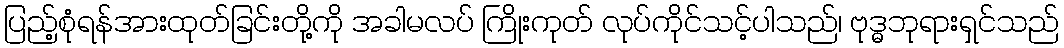
ပြည့်စုံရန်အားထုတ်ခြင်းတို့ကို အခါမလပ် ကြိုးကုတ် လုပ်ကိုင်သင့်ပါသည်၊ ဗုဒ္ဓဘုရားရှင်သည်